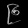
Digit: ၉